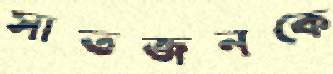
সাতজনকে